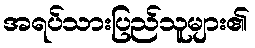
အရပ်သားပြည်သူများ၏